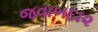
જવાબદા૨